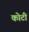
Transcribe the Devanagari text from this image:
कोटीं